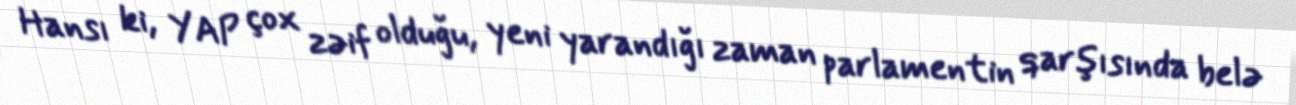
Hansı ki, YAP çox zəif olduğu, yeni yarandığı zaman parlamentin qarşısında belə